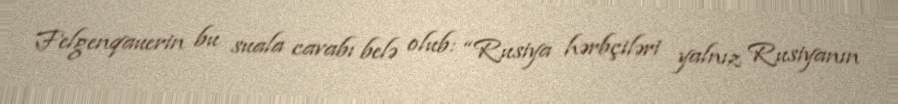
Felgenqauerin bu suala cavabı belə olub: “Rusiya hərbçiləri yalnız Rusiyanın